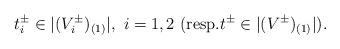
LaTeX: \begin{align*}t^\pm_i\in |(V_i^\pm)_{(1)}|,\ i=1,2 \mbox{ (resp.} t^\pm\in |(V^\pm)_{(1)}|).\end{align*}